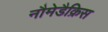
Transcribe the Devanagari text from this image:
नौमेडैक्रिस